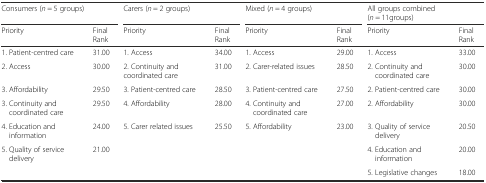
| <COLSPAN=2> Consumers (n = 5 groups) | <COLSPAN=2> Carers (n = 2 groups) | <COLSPAN=2> Mixed (n = 4 groups) | <COLSPAN=2> All groups combined (n = 11groups) |
 | Priority | Final Rank | Priority | Final Rank | Priority | Final Rank | Priority | Final Rank |
 | --- | --- | --- | --- | --- | --- | --- | --- |
 | 1. Patient-centred care | 31.00 | 1. Access | 34.00 | 1. Access | 29.00 | 1. Access | 33.00 |
 | 2. Access | 30.00 | 2. Continuity and coordinated care | 31.00 | 2. Carer-related issues | 28.50 | 2. Continuity and coordinated care | 30.00 |
 | 3. Affordability | 29.50 | 3. Patient-centred care | 28.50 | 3. Patient-centred care | 27.50 | 2. Patient-centred care | 30.00 |
 | 3. Continuity and coordinated care | 29.50 | 4. Affordability | 28.00 | 4. Continuity and coordinated care | 27.00 | 2. Affordability | 30.00 |
 | 4. Education and information | 24.00 | 5. Carer related issues | 25.50 | 5. Affordability | 23.00 | 3. Quality of service delivery | 20.50 |
 | <ROWSPAN=2> 5. Quality of service delivery | <ROWSPAN=2> 21.00 | <ROWSPAN=2>  | <ROWSPAN=2>  | <ROWSPAN=2>  | <ROWSPAN=2>  | 4. Education and information | 20.00 |
 | 5. Legislative changes | 18.00 |